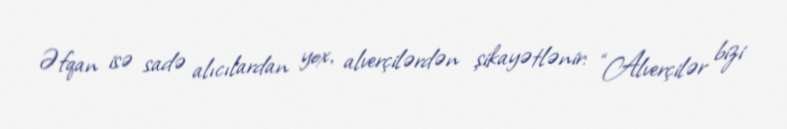
Əfqan isə sadə alıcılardan yox, alverçilərdən şikayətlənir: “Alverçilər bizi